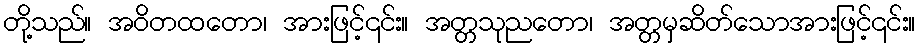
တို့သည်။ အဝိတထတော၊ အားဖြင့်၎င်း။ အတ္တသုညတော၊ အတ္တမှဆိတ်သောအားဖြင့်၎င်း။